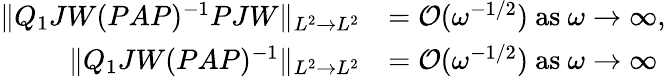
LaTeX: \begin{array}{rl}{\| Q_{1}JW(PAP)^{-1}PJW\| _{L^{2}\to L^{2}}}&{=\mathcal{O}(\omega^{-1/2})\mathrm{~as~}\omega\to\infty,}\\ {\| Q_{1}JW(PAP)^{-1}\| _{L^{2}\to L^{2}}}&{=\mathcal{O}(\omega^{-1/2})\mathrm{~as~}\omega\to\infty}\end{array}